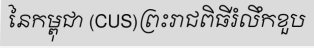
នៃកម្ពុជា (CUS)ព្រះរាជពិធីរំលឹកខួប